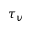
\tau _ { v }